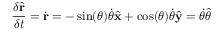
{ \frac { \delta { \hat { \mathbf { r } } } } { \delta t } } = { \dot { \mathbf { r } } } = - \sin ( \theta ) { \dot { \theta } } { \hat { \mathbf { x } } } + \cos ( \theta ) { \dot { \theta } } { \hat { \mathbf { y } } } = { \dot { \theta } } { \hat { \boldsymbol { \theta } } }